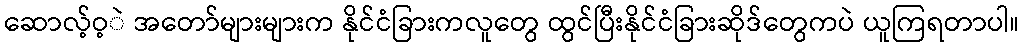
ဆောလ့်ဝ့ဲ အတော်များများက နိုင်ငံခြားကလူတွေ ထွင်ပြီးနိုင်ငံခြားဆိုဒ်တွေကပဲ ယူကြရတာပါ။